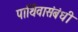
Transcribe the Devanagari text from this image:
पार्थिवासंबंधी